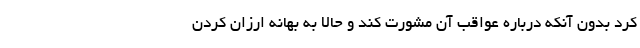
کرد بدون آنکه درباره عواقب آن مشورت کند و حالا به بهانه ارزان کردن